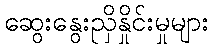
ဆွေးနွေးညှိနှိုင်းမှုများ